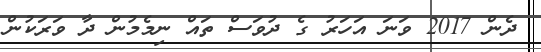
ދެން 2017 ވަނަ އަހަރު ގެ ދުވަސް ތައް ނިމެމުން ދާ ވަރަކުން